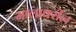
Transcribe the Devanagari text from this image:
मालावरील